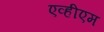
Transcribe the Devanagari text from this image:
एव्हीएम